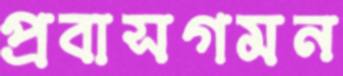
প্রবাসগমন